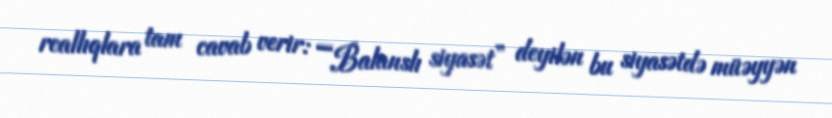
reallıqlara tam cavab verir: ““Balanslı siyasət” deyilən bu siyasətdə müəyyən